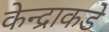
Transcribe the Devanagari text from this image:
केन्द्राकडे